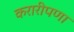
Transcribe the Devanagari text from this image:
करारीपणा